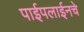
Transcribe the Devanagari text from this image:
पाईपलाईनचे